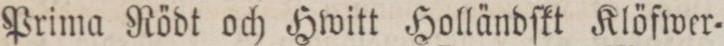
Prima Rödt och Hwitt Holländſkt Klöfwer=